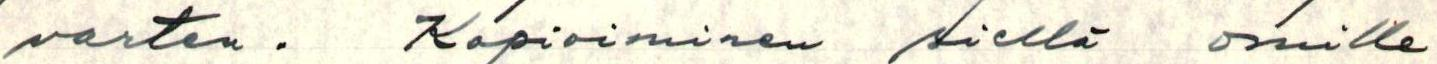
varten. Kopioiminen siellä omille